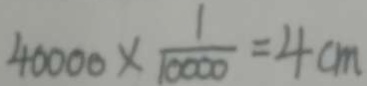
4 0 0 0 0 \times \frac { 1 } { 1 0 0 0 0 } = 4 c m